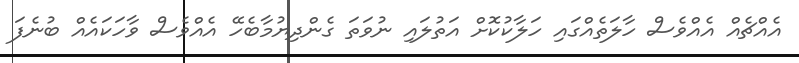
އެއްޗެއް އެއްވެސް ހާލަތެއްގައި ހަލާކުކޮށް އަތުލައި ނުވަތަ ގެންދިޔުމާބެހޭ އެއްވެސް ވާހަކައެއް ބުނެފަ